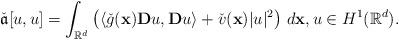
LaTeX: \begin{align*}\check{\mathfrak{a}}[u,u]=\int _{\mathbb{R}^d}\left(\langle \check{g}(\mathbf{x})\mathbf{D}u,\mathbf{D}u\rangle + \check{v}(\mathbf{x})\vert u\vert ^2\right)\,d\mathbf{x},u\in H^1(\mathbb{R}^d).\end{align*}